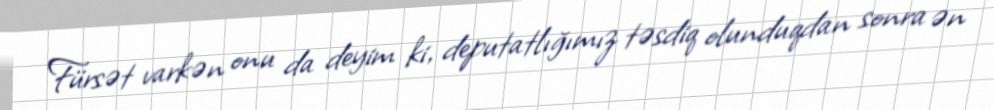
Fürsət varkən onu da deyim ki, deputatlığımız təsdiq olunduqdan sonra ən